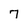
Character: 7